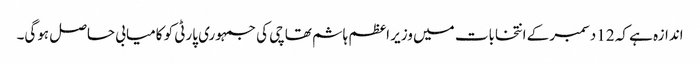
اندازہ ہے کہ 12 دسمبر کے انتخابات میں وزیر اعظم ہاشم تھاچی کی جمہوری پارٹی کو کامیابی حاصل ہوگی۔